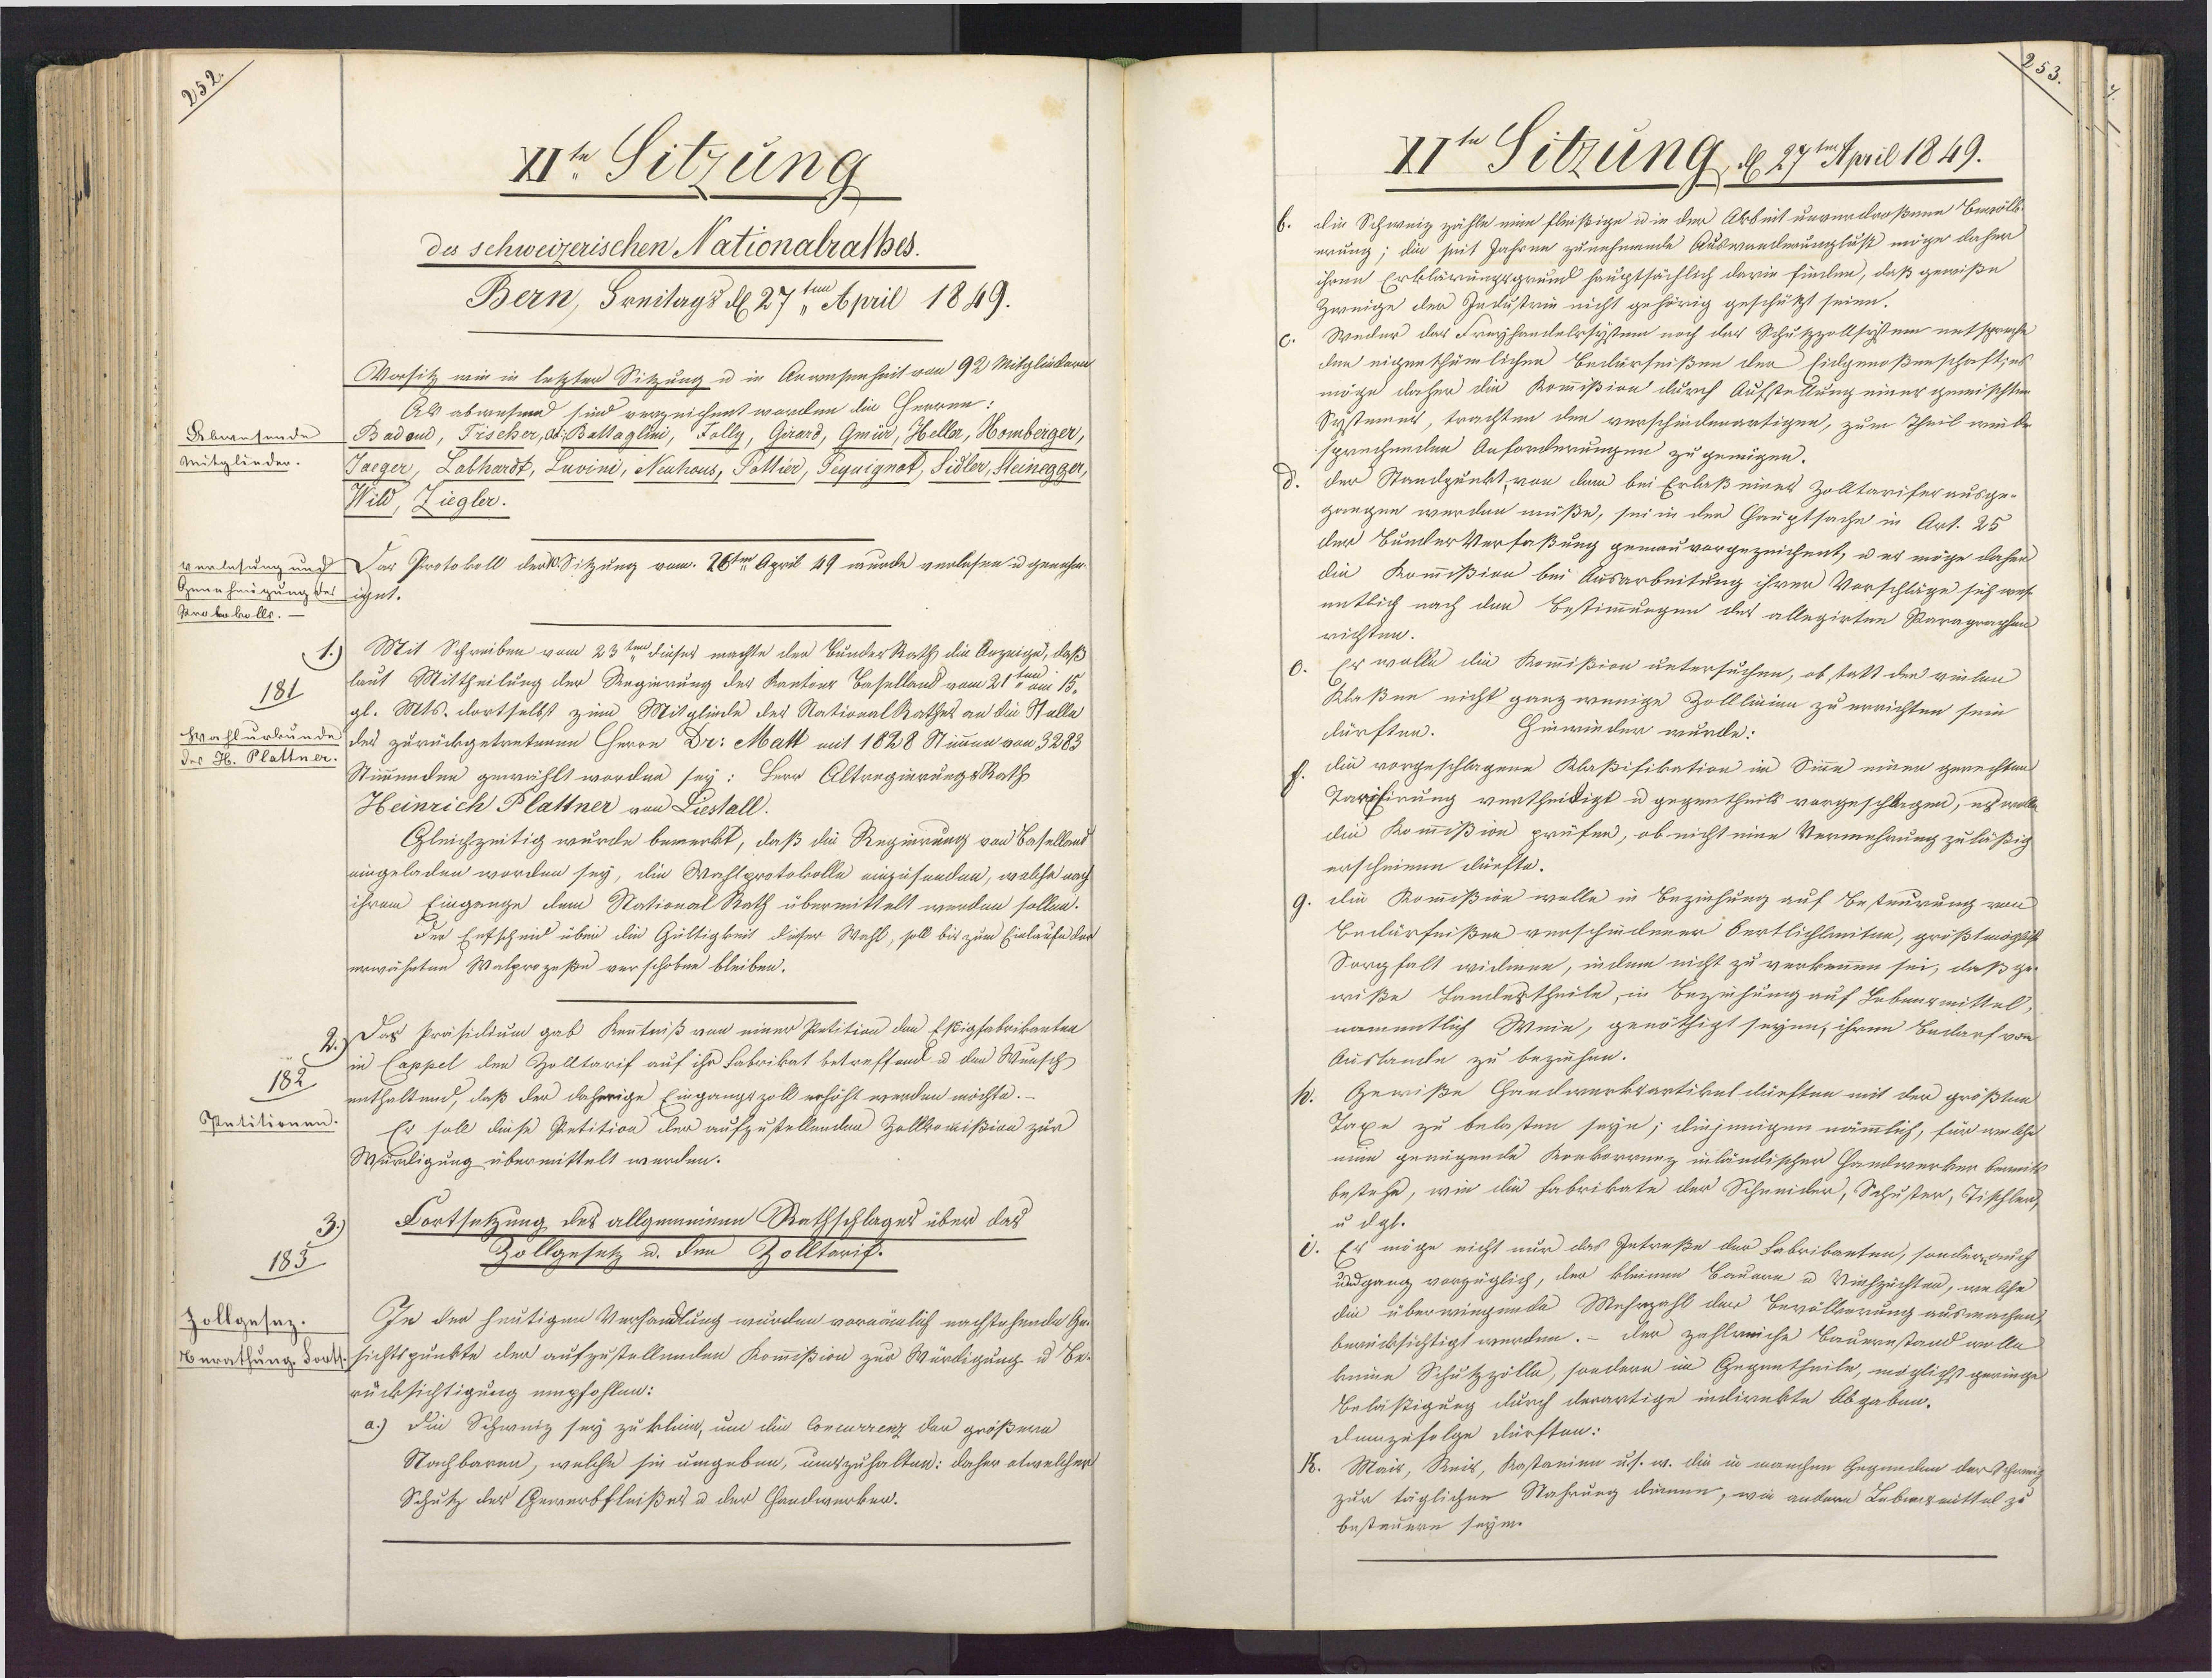
Ir Sitzung
des schweizerischen Nationalrathes.
Bern, Freitags d 27ten April 1849.
Vorsitz wie in letzten Sitzung u in Anwesenheit von 92 Mitglüberi
Als abwesend sind verzeichent worden die Herren
Badeud, Frseher, dt: Baltaglini, Zolly, Girard, Gmür, Heller, Homberger,
Abwesende
Mitglieder.
Jaeger, Labhardt, Luvini, Neuhous, Follier, Seynignek, Sidler, Steinegger
Wild, Zieglor.
verlesung und
Dar Protokoll der Sitzung vom 28ten April 49 wurde verlesen u genahm-
Genehaugung des
ignt.
Grolokolls.
Mit Schreiben vom 23ten dieses machte der BunderRath die Anzeige, daß
laut Mittheilung der Regierung der Kantons Baselland vom 21te in 15.
181
gl. Mts. dortselbst zum Mitgliede des NationalRathes an die Stelle
Wahlurkunde des zurückgetretenen Herrn Dr: Matt mit 1828 Stimmen von 3283
des Hb. Plattner
Stimmenden gewählt worden sey: Herr AltregierungsRath
Heinrich Plattner von Liestall.
Gleichzeitig wurde bemerkt, daß die Regierung von Baselland
eingeladen worden sey, die Wahlprotokolle einzusenden, welche nach
ihrem Eingange dem NtationalRath übermittelt werden sollen.
der Enfscheid über die Gültigkeit dieser Wahl, soll bis zum Einlaufe der
erwähnten Walprozeße verschobee bleiben.
2.) Das Präsidium gab Kenntniß von einer Petition den Estigfabrikanten
in Cappel den Zolltarif auf ihr Fabrikat betreffend u den Wunsch
182
enthaltend, daß der daherige Eingangszoll erhöht werden möchte.
Petitionen
Er soll diese Petition der aufzustellenden Zollkommißion zur
Würddigung übermittelt werden.
Fortsetzung des allgemeinen Rathschlages über das
Zollgesetz u. den Zolltarif.
185
In der heutigen Verhandlung wurden vornämlich nachstehende Ge
Zollgesaz
Berathung dotsichtspunkte der aufzustellenden Kommißion zur Würdigung u Be¬
rücksichtigung empfohlen:
a.) Die Schweiz sey zu klein, um die Concurrenz der größern
Nachbaren, welche sie umgeben, umszuhalten: daher atwelcher
Schutz des Gewerbfleißes u der Handwerken.

IIt Sitzung, d 27eApril 1849.
b. die Schweiz zähle ein fleißige u ie der Arbeit unverdroßene Bevöll¬
erung; die seit Jahren zunehmende Auswanderunglus möge daher
ihren Erklärungsgrund hauptsächlich darin finden, daß gewiße
Zweige der Industrie nicht gehörig geschützt seien.
Weder das Freyhandelrsystem noch das Schuszzollsystem entspreche
den eigenthümlichen Bedürfnißen der Eicgenoßenschaft,es
möge daher die Kommißion durch Aufsteklung einer gemischten
Systümer, trachten den verschiedenartigen, zum Theil weile
sprechenden Anforderungen zu genügen.
der Standpunkt von dem bei Erlaß eines Zolltariferausge-
gangen werden müße, sei in der Hauptsache in Art. 25
der BunlerVerfaßung gemau vorgezeichent, u er möge daher
die Kommißion bei Ausarbeitung ihren Vorschläge sich wes
entlich nach den Bestimmungen des allegirten Paragraphen
richten.
Er wolle die Kommißion untersuchen, ob statt der vielen
Klaßen nicht ganz wenige Zolllicien zu errichten sein
Hinwieder wurle:
dürften.
die vorgeschlagene Klaßifikation im Sinne einer gerechtun
Tarpfirung vertheiligt u gegentheils vorgeschlagen, es woll
die Kommißion prüfen, ob nicht eine Vermehrung zuläßig
erscheinen dürfte.
die Kommißion wolle in Beziehung auf Besteurung von
Bedärfnißen verschiedener Bertlichkiten, größtmögliche
Sorgfalt widmen, indem nicht zu verkennen sei, daß ge
wiße Landestheile, in Bezeihung auf Lebensmittel,
namentlich Wein, genöthigt seyen, ihren Bedarf vom
Auslande zu beziehen.
Gewiße Handwerksartikeldürften mit der größtne
Taxe zu belasten seyn; diejenigen nämmlich, für welche
man genügende Konkorrunz inländischer Handwerken bewitt
bestehe, wie die Fabrikate der Schneider, Schuster, Tischlen
u dgl.
Er möge nicht nur das Intreße der Fabrikanten, sonderuch
undgang vorzüglich, der kleinen Bauarn u Viehzuchten, welche
die überwiegende Mehrzahl der Bevölkerung ausmachen,
berücksichtigt werden. - Der zahlreiche Bauernstand wolle
keine Schutzzölle, sondern im Gegentheile, möglichst geringe
Beläsigung durch derartige indirekte Abgaben.
demzufolge dürften:
K. Mais, Reis, Kastanien us. w. die in manchen Gegenden der Schwee
zur täglichen Nahrung dienen, wie andern Lebwismittel zu
besteuern seyen.